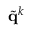
\tilde { \mathbf { q } } ^ { k }